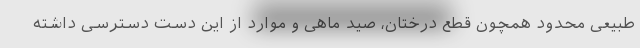
طبیعی محدود همچون قطع درختان، صید ماهی و موارد از این دست دسترسی داشته